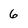
Character: 6